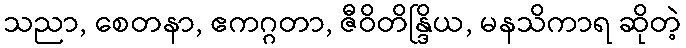
သညာ, စေတနာ, ဧကဂ္ဂတာ, ဇီဝိတိန္ဒြိယ, မနသိကာရ ဆိုတဲ့